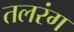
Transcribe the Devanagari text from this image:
तलरंग